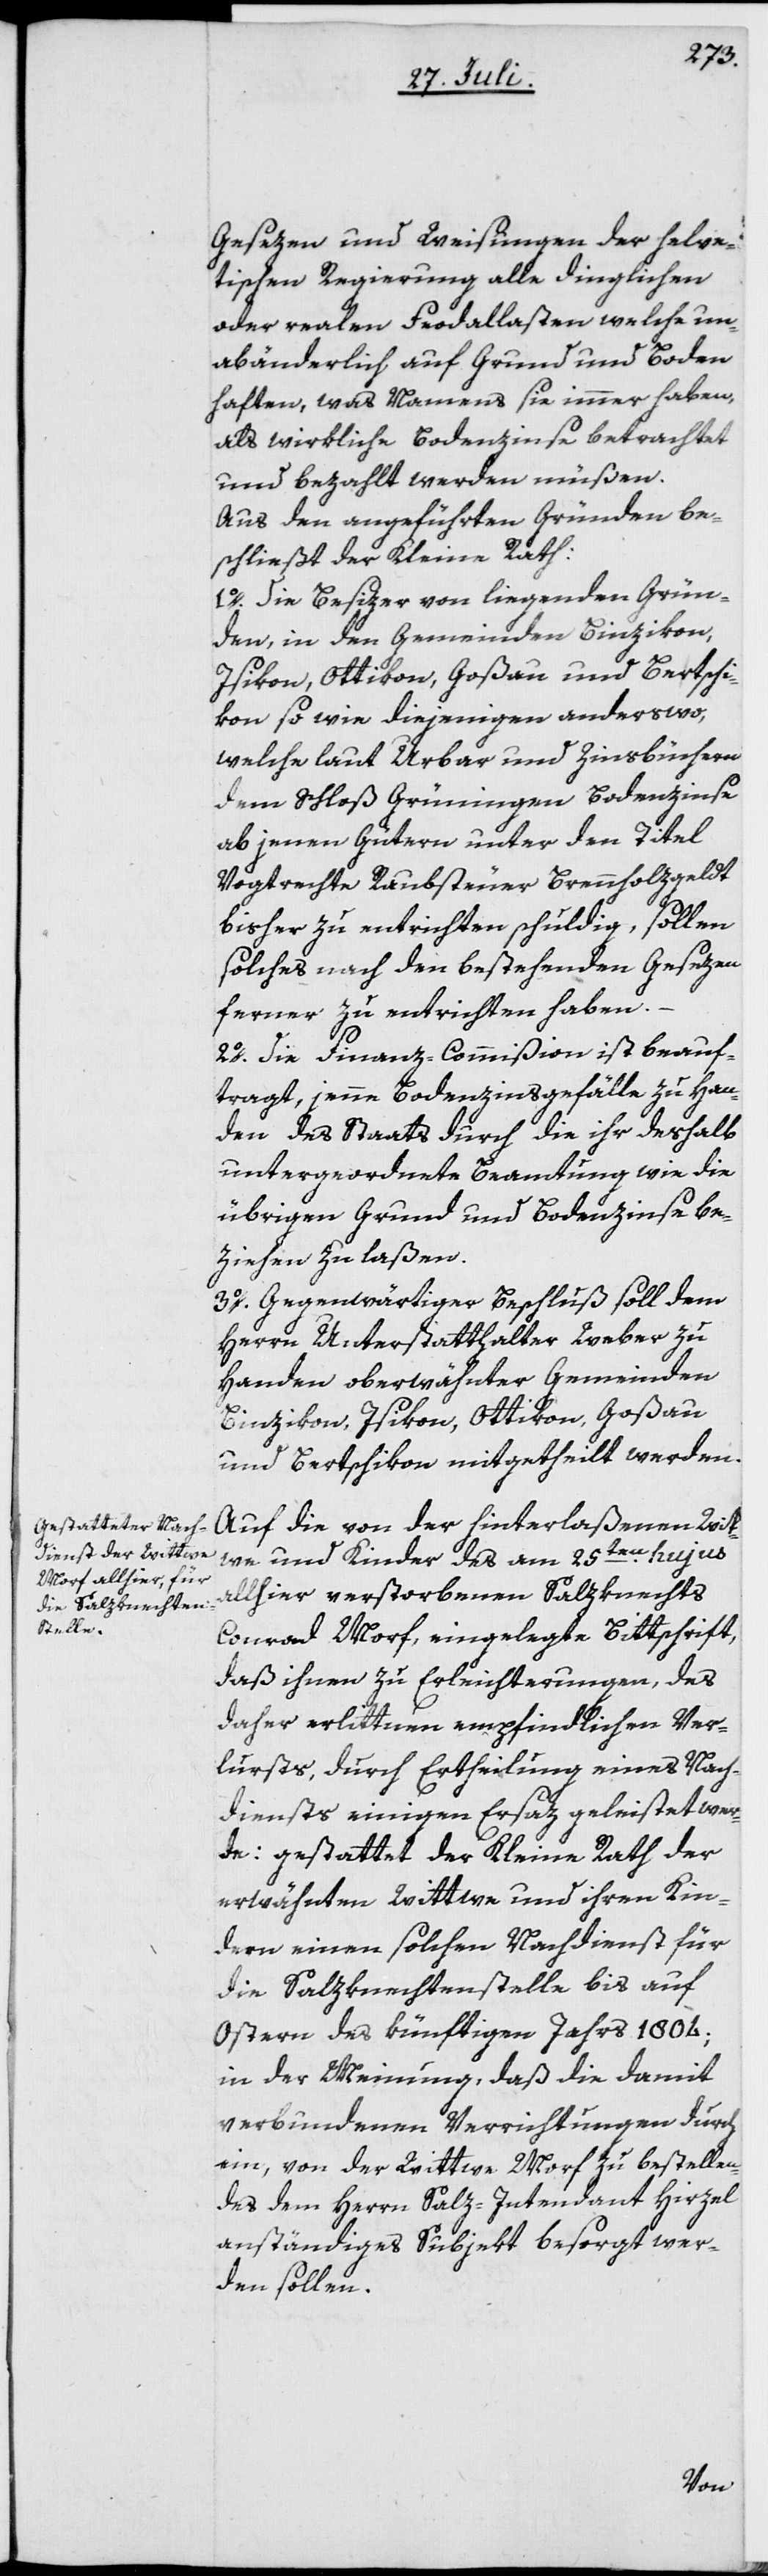
Gesezen und Weisungen der helve¬
tischen Regierung alle dinglichen
oder realen Feodallasten welche un¬
abänderlich auf Grund und Boden
haften, was Namens sie immer haben,
als wirkliche Bodenzinse betrachtet
und bezahlt werden müßen.
Aus den angeführten Gründen be¬
schließt der Kleine Rath:
1o. Die Besizer von liegenden Grün¬
den, in den Gemeinden Binzikon,
Isikon, Ottikon, Goßau und Bertschi¬
kon so wie diejenigen anderswo,
welche laut Urbar und Zinsbüchern
dem Schloß Grüningen Bodenzinse
ab jenen Gütern unter den Titel
Vogtrechte Raubsteuer Brennholzgeldt
bisher zu entrichten schuldig, sollen
solches nach den bestehenden Gesezen
ferner zu entrichten haben.
2o. Die Finanz-Commißion ist beauf¬
tragt, jenne Bodenzinsgefälle zu Han¬
den des Staats durch die ihr deshalb
untergeordnete Beamtung wie die
übrigen Grund und Bodenzinse be¬
ziehen zu laßen.
3o. Gegenwärtiger Beschluß soll dem
Herrn Unterstatthalter Weber zu
Handen oberwähnter Gemeinden
Binzikon, Isikon, Ottikon, Goßau
und Bertschikon mitgetheilt werden.
Auf die von der hinterlaßenen Wit¬
we und Kinder des am 25ten hujus
allhier verstorbenen Salzknechts
Conrad Morf, eingelegte Bittschrift,
daß ihnen zu Erleichterungen, des
daher erlittnen empfindlichen Ver¬
lurstes, durch Ertheilung eines Nach¬
diensts einigen Ersaz geleistet wer¬
de: gestattet der Kleine Rath der
erwähnten Wittwe und ihren Kin¬
dern einen solchen Nachdienst für
die Salzknechtenstelle bis auf
Ostern des künftigen Jahrs 1804;
in der Meinung, daß die damit
verbundenen Verrichtungen durch
ein, von der Wittwe Morf zu bestellen¬
des dem Herrn Salz-Intendant Hirzel
anständiges Subjekt besorgt wer¬
den sollen.